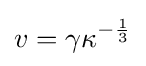
v=\gamma \kappa ^{-{\frac {1}{3}}}